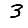
Digit: 3